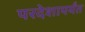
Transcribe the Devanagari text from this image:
परदेशापर्यंत